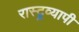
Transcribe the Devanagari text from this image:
रास्ट्रव्यापी